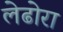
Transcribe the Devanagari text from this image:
लेढोरा